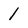
Character: 1